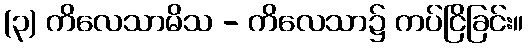
(၃) ကိလေသာမိသ - ကိလေသာ၌ ကပ်ငြိခြင်း။